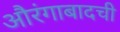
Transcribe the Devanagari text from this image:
औरंगाबादची